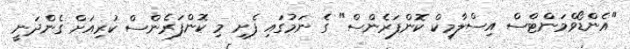
"އެންޑޯވްމަންޓްސް އިސްލާމިކް ކޮންފަރެންސް" ގެ ނަމުގައި ފެށި މި ކޮންފަރެންސް ކުރިއަށް ގެންދަނީ